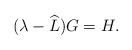
LaTeX: \begin{align*} (\lambda - \widehat{L})G = H. \end{align*}